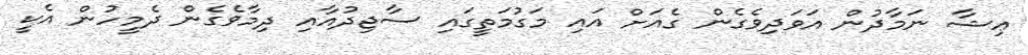
ޢިޝާ ނަމާދުން އަވަދިވެގެން ގެއަށް އައި މަގުމަތީގައި ސާޖިދުއާއި ދިމާވެގެން ދެމީހުން އެކީ